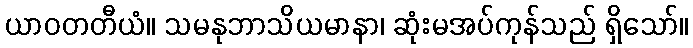
ယာဝတတီယံ။ သမနုဘာသိယမာနာ၊ ဆုံးမအပ်ကုန်သည် ရှိသော်။